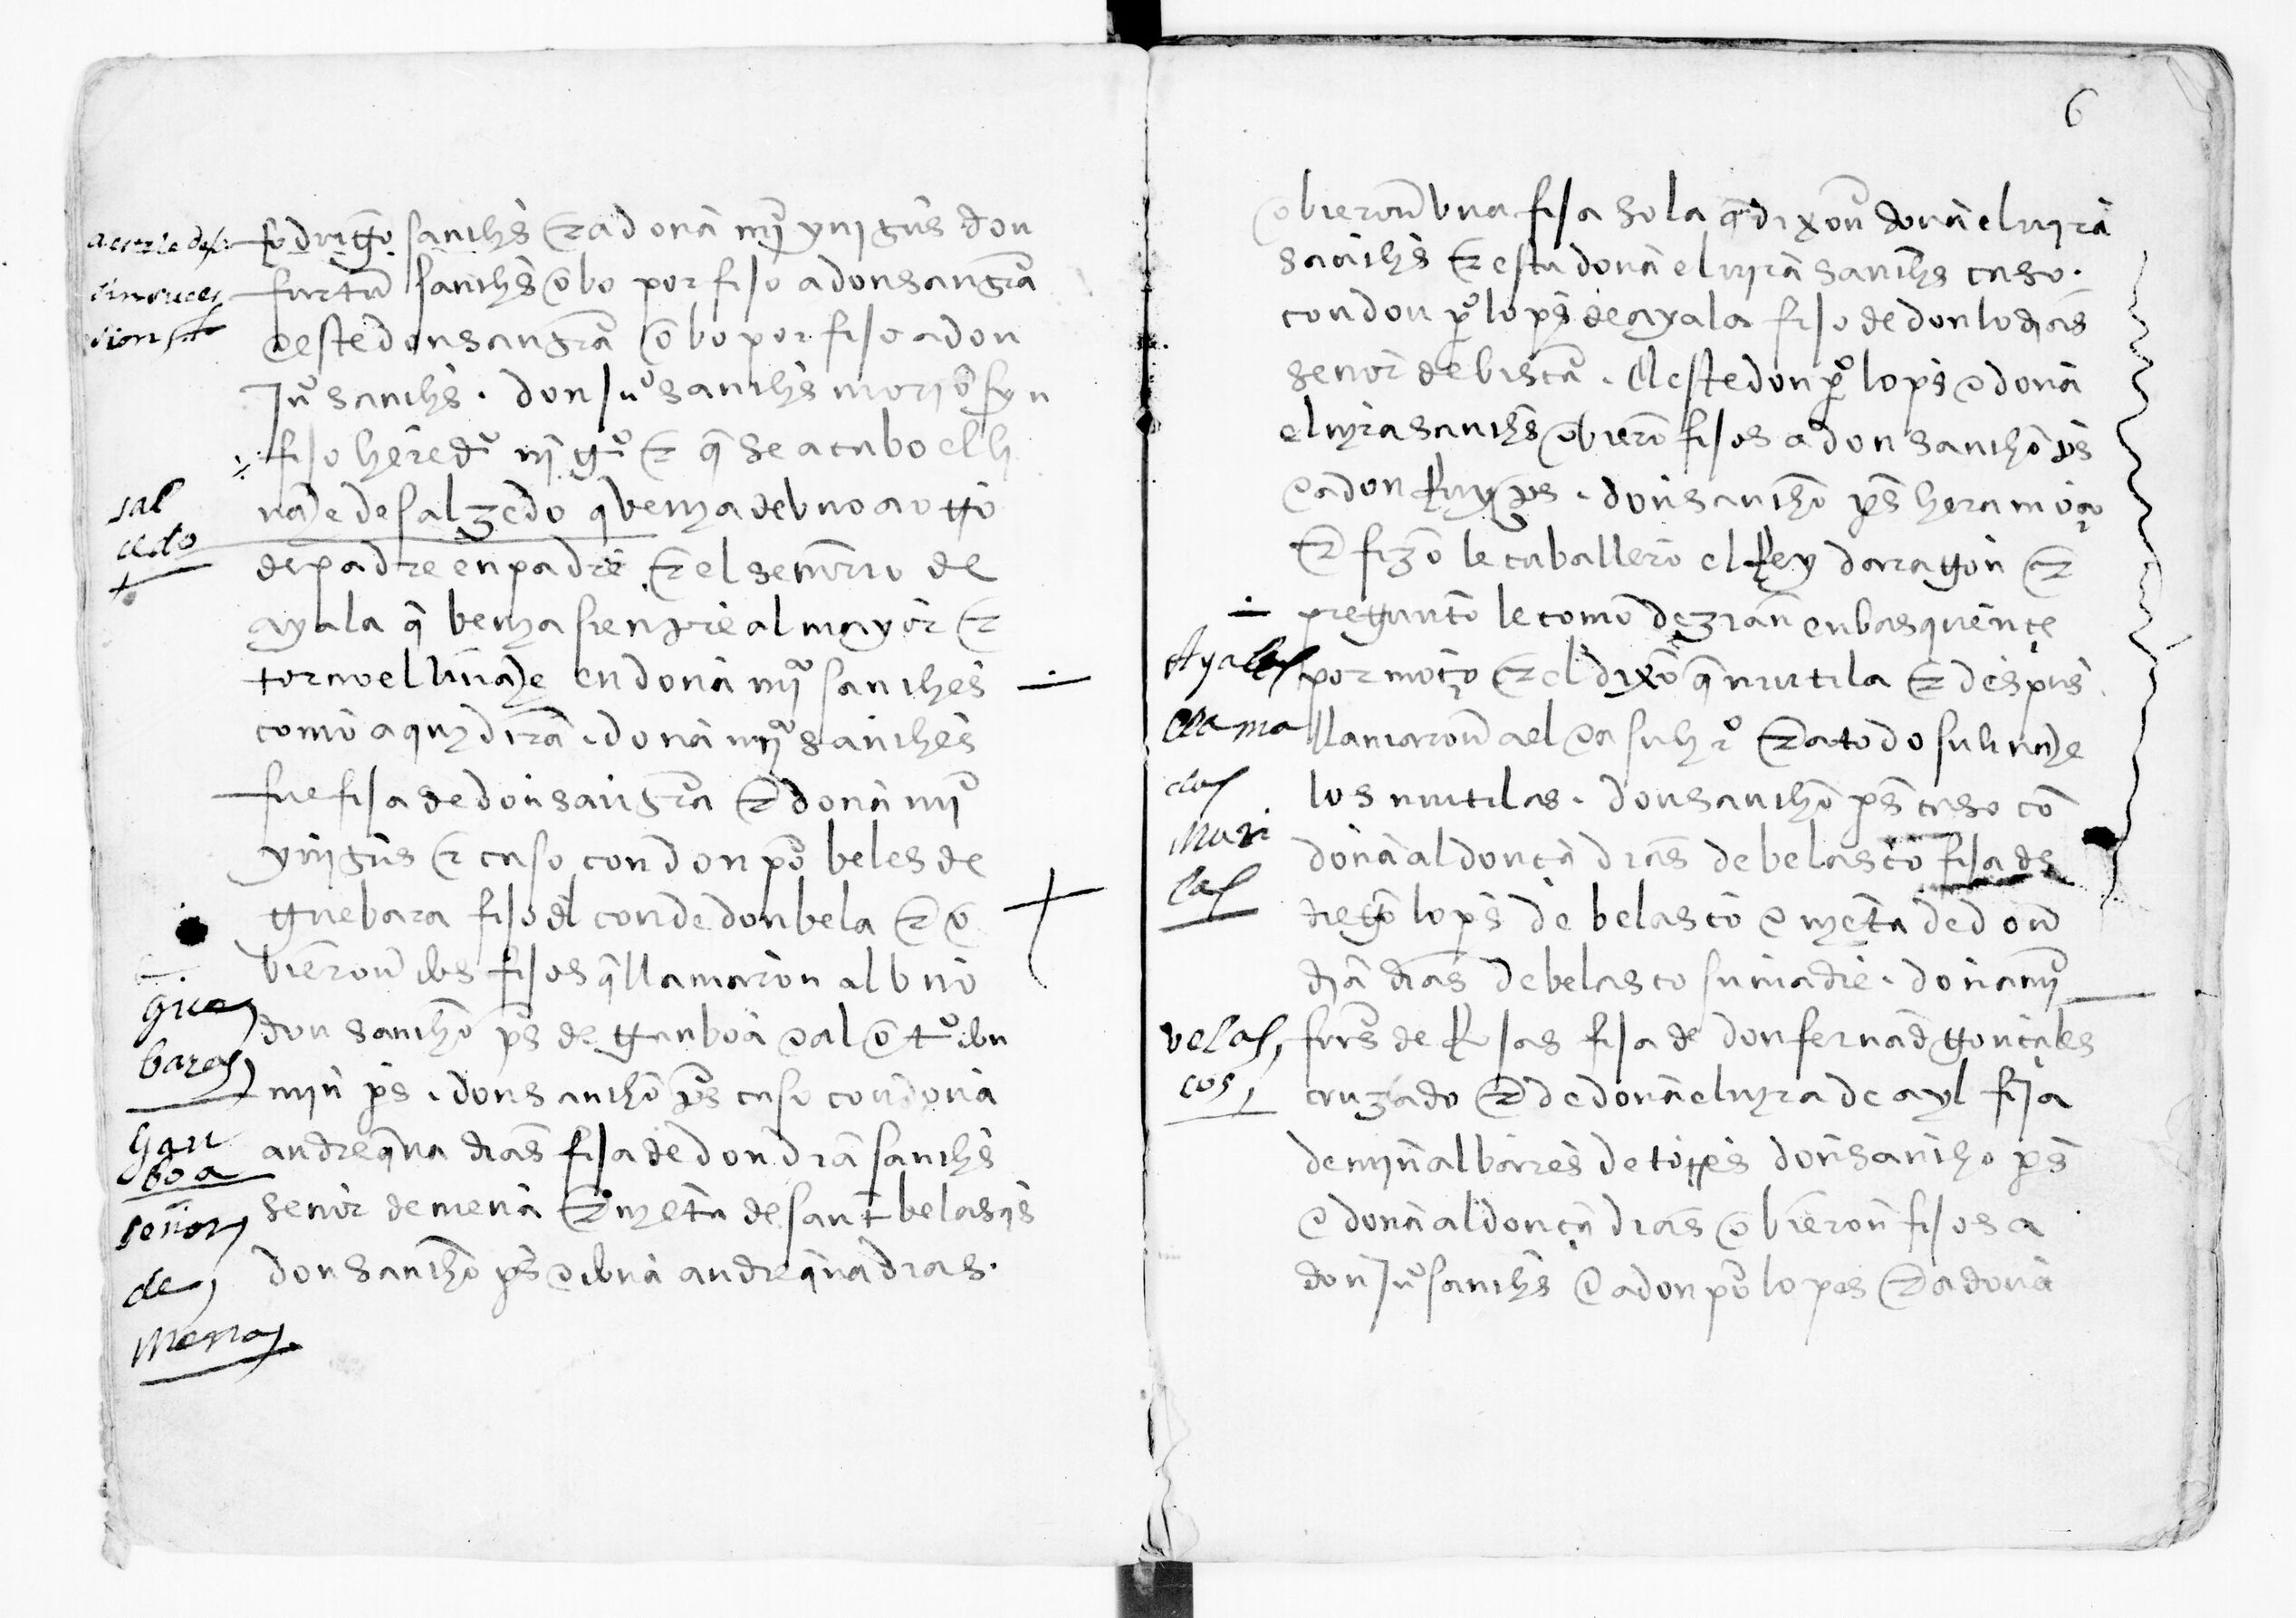
Shelfmark: Paris, BnF, esp. 285
Century: 15